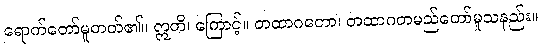
ရောက်တော်မူတတ်၏။ ဣတိ၊ ကြောင့်။ တထာဂတော၊ တထာဂတမည်တော်မူသနည်း။